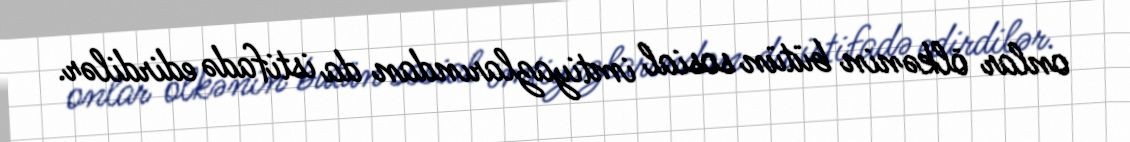
onlar ölkənin bütün sosial imtiyazlarından da istifadə edirdilər.